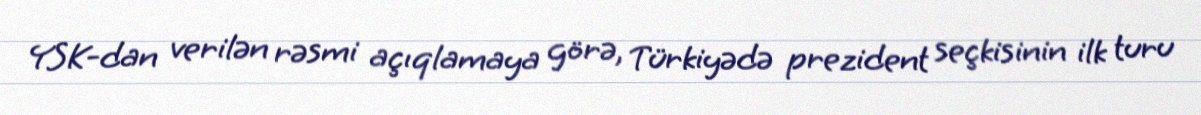
YSK-dan verilən rəsmi açıqlamaya görə, Türkiyədə prezident seçkisinin ilk turu